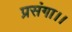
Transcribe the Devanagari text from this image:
प्रसंगा।।